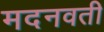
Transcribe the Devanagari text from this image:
मदनवती